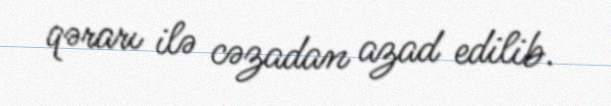
qərarı ilə cəzadan azad edilib.